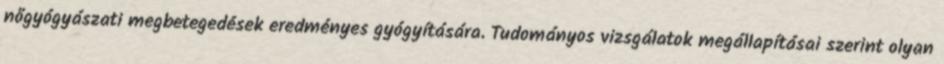
nőgyógyászati megbetegedések eredményes gyógyítására. Tudományos vizsgálatok megállapításai szerint olyan